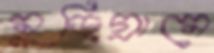
মুড়িগ্রামে